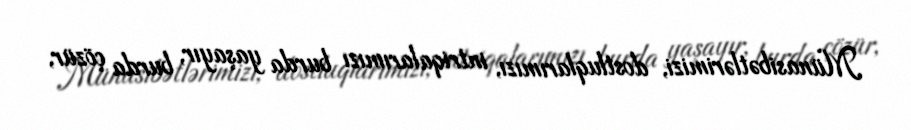
Münasibətlərimizi, dostluqlarımızı, intriqalarımızı burda yaşayır, burda çözür,